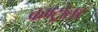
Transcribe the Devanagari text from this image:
कण्ट्रोलर